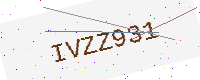
Text: IVZZ931